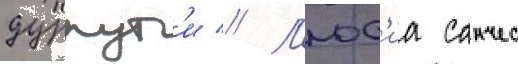
дуррут'и // Л'юс'иа санчес